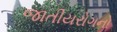
જાતીયરોગનો